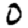
Digit: 0